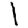
Digit: 1